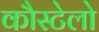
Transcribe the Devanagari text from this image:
कौस्टेलो